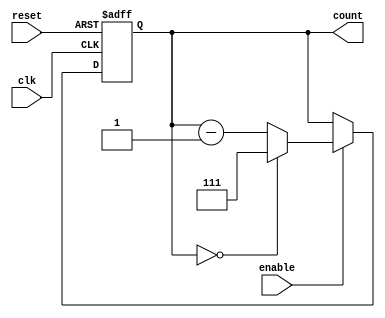
module binary_down_counter (
    input wire clk,        // Clock signal
    input wire reset,      // Asynchronous reset signal
    input wire enable,     // Enable signal for counting
    output reg [2:0] count // 3-bit output count (maximum value 7)
);

    // Maximum value for a 3-bit counter
    localparam MAX_COUNT = 3'b111; // 7 in decimal

    // Asynchronous reset and counting behavior
    always @(posedge clk or posedge reset) begin
        if (reset) begin
            count <= MAX_COUNT; // Reset to maximum value
        end else if (enable) begin
            if (count == 3'b000) begin
                count <= MAX_COUNT; // Wrap around to maximum value
            end else begin
                count <= count - 1; // Decrement the count
            end
        end
        // If enable is low, the count holds its value
    end

endmodule